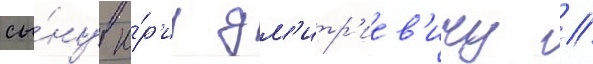
сы́ну ю́р'иу дм'итр'иев'ичу //